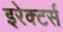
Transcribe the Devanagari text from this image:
इरेक्टर्स